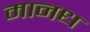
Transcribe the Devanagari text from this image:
मानध